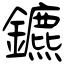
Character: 鑣